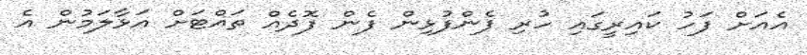
އެއަށް ފަހު ކައިރީގައި ހުރި ފެންފުޅިން ފެން ފޮދެއް ތައްޓަށް އަޅާލަމުން އެ